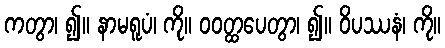
ကတွာ၊ ၍။ နာမရူပံ၊ ကို။ ဝဝတ္ထပေတွာ၊ ၍။ ဝိပဿနံ၊ ကို။